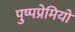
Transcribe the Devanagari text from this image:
पुष्पप्रेमियों